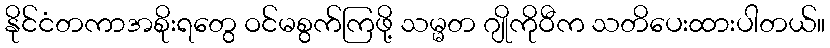
နိုင်ငံတကာအစိုးရတွေ ဝင်မစွက်ကြဖို့ သမ္မတ ဂျိုကိုဝီက သတိပေးထားပါတယ်။